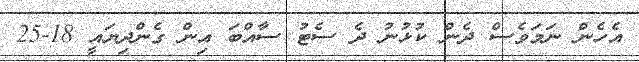
އެހެން ނަމަވެސް ދެން ކުޅުނު ދެ ސެޓު ސާއްބަ އިން ގެންދިޔައީ 18-25